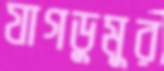
যাগডুমুর